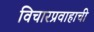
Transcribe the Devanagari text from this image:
विचारप्रवाहाची